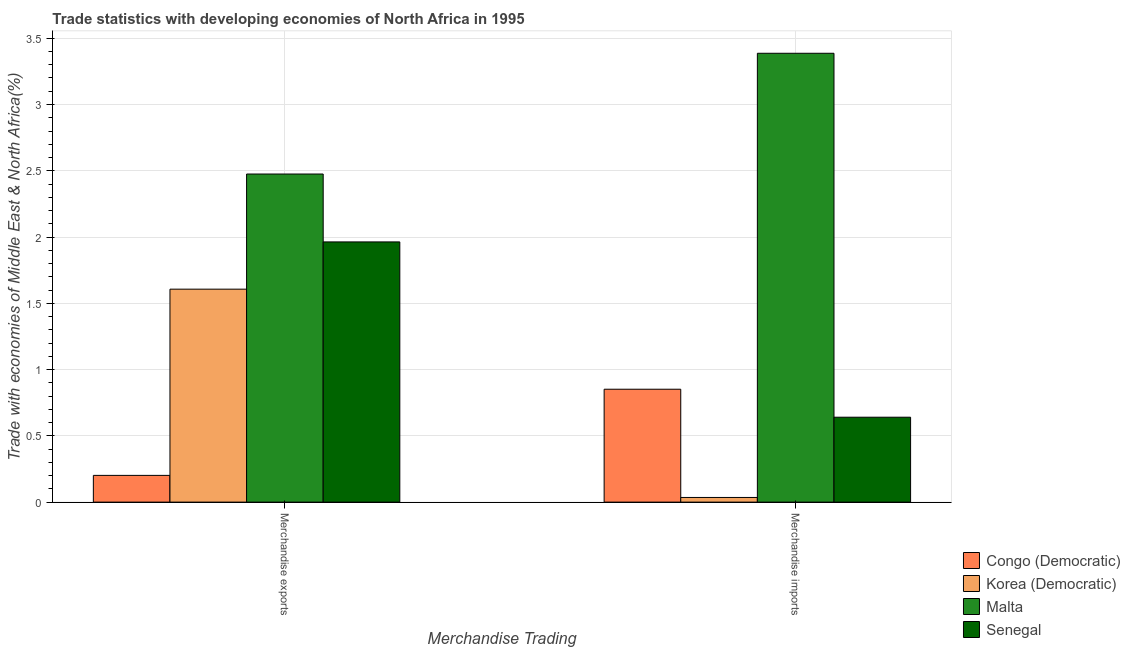
| Merchandise Trading | Congo (Democratic) | Korea (Democratic) | Malta | Senegal |
 | --- | --- | --- | --- | --- |
 | Merchandise exports | 0.202 | 1.61 | 2.48 | 1.96 |
 | Merchandise imports | 0.852 | 0.0351 | 3.39 | 0.641 |